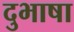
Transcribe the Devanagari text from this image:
दुभाषा